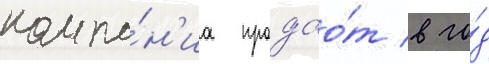
компа́н'иа продао́т в го́д